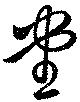
堂